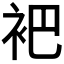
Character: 𬡊